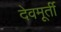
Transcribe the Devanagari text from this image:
देवमूर्ती